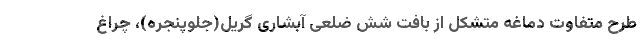
طرح متفاوت دماغه متشکل از بافت شش ضلعی آبشاری گریل(جلوپنجره)، چراغ